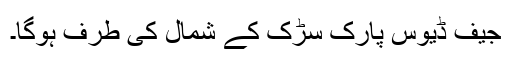
جیف ڈیوس پارک سڑک کے شمال کی طرف ہوگا۔